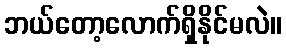
ဘယ်တော့လောက်ရှိနိုင်မလဲ။